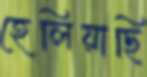
হেলিয়াছি